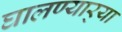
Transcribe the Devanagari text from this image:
घालण्यार्‍या